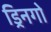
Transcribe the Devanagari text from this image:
ड्रिनगो